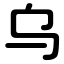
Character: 乌